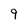
Character: 9